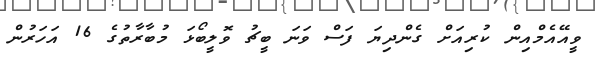
ވީއޭއެމްއިން ކުރިއަށް ގެންދިޔަ ފަސް ވަނަ ބީޗު ވޮލީބޯޅަ މުބާރާތުގެ 16 އަހަރުން